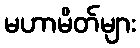
မဟာမိတ်များ